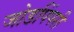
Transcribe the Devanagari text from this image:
जोडपिंपरी